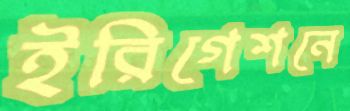
ইরিগেশনে